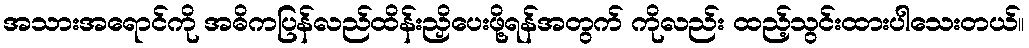
အသားအရောင်ကို အဓိကပြန်လည်ထိန်းညှိပေးဖို့ရန်အတွက် ကိုလည်း ထည့်သွင်းထားပါသေးတယ်။